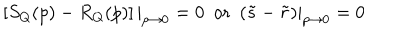
\left[ S _ { Q } ( p ) - R _ { Q } ( p ) \right] | _ { p \to 0 } = 0 \ \ \mathrm { o r } \ \ ( \tilde { s } - \tilde { r } ) | _ { p \to 0 } = 0